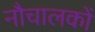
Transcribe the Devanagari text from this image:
नौचालकों